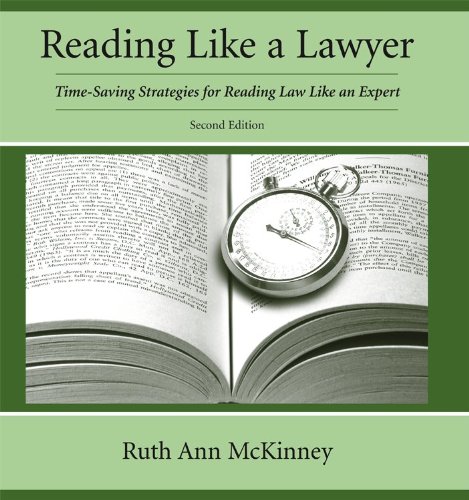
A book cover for Reading Like a Lawyer: Time-Saving Strategies for Reading Law Like an Expert; Ruth Ann McKinney; Law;